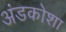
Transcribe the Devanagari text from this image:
अंडकोशा